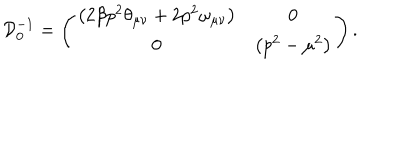
LaTeX: { \cal D } _ { 0 } ^ { - 1 } = \left( \begin{array} { c c } { { \left( 2 \beta p ^ { 2 } \theta _ { \mu \nu } + 2 p ^ { 2 } \omega _ { \mu \nu } \right) } } & { { 0 } } \\ { { 0 } } & { { \left( p ^ { 2 } - \mu ^ { 2 } \right) } } \\ \end{array} \right) \mathrm { { . } }